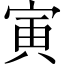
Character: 寅